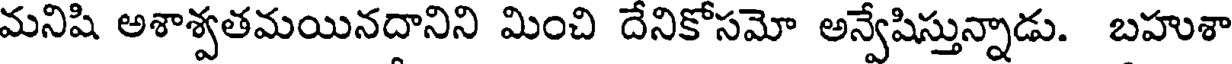
మనిషి అశాశ్వతమయినదానిని మించి దేనికోసమో అన్వేషిస్తున్నాడు. బహుశా